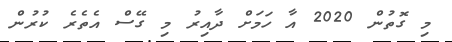
މި ގޮތުން 2020 އާ ހަމަށް ދާއިރު މި ގޭސް އެތެރެ ކުރުން